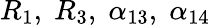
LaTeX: R_{1},\; R_{3},\; \alpha_{13},\; \alpha_{14}